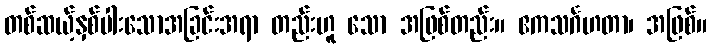
တစ်ဆယ့်နှစ်ပါးသောအခြင်းအရာ တည်းဟူ သော အဖြစ်တည်း။ ဧကသင်္ဂဟတာ၊ အဖြစ်။